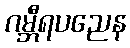
ဂမ္ဘီရပညေန